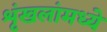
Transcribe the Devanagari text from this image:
शृंखलांमध्ये